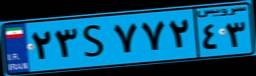
۰۰S۱۲۰۷۱